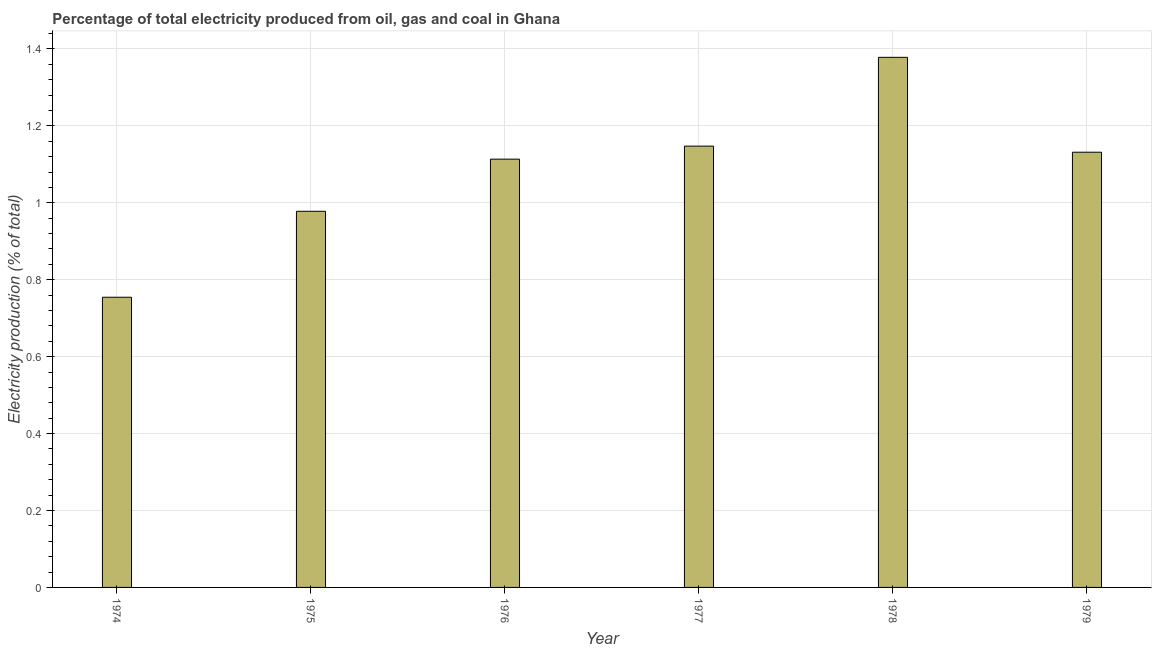
| Year | Electricity production |
 | --- | --- |
 | 1974 | 0.754 |
 | 1975 | 0.978 |
 | 1976 | 1.11 |
 | 1977 | 1.15 |
 | 1978 | 1.38 |
 | 1979 | 1.13 |